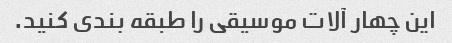
این چهار آلات موسیقی را طبقه بندی کنید.